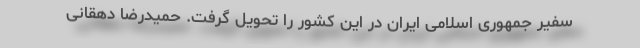
سفیر جمهوری اسلامی ایران در این کشور را تحویل گرفت. حمیدرضا دهقانی